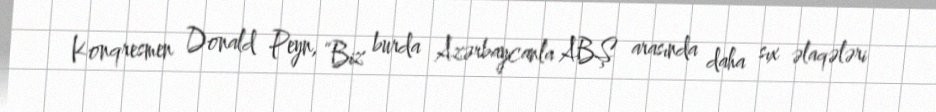
Konqresmen Donald Peyn, “Biz burda Azərbaycanla ABŞ arasında daha sıx əlaqələri